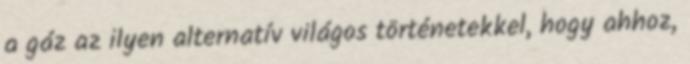
a gáz az ilyen alternatív világos történetekkel, hogy ahhoz,